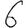
Digit: 6